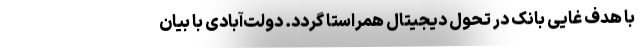
با هدف غایی بانک در تحول دیجیتال همراستا گردد. دولت‌آبادی با بیان